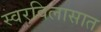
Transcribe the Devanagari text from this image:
स्वरविलासात